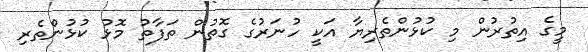
މީގެ އިތުރުން މި ކުޅުންތެރިޔާ އަކީ ހުނަރުގެ ގޮތުން ތަފާތު މޮޅު ކުޅުންތެރި